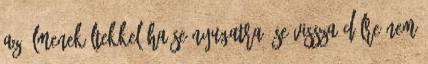
az álmenekültekkel ha se nyugatra, se vissza délre nem